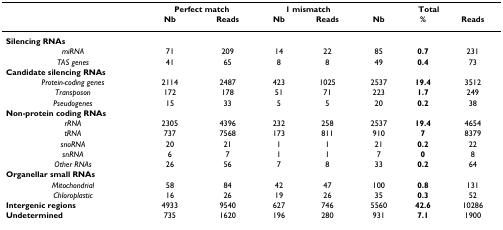
<table><thead><tr><td></td><td colspan="2"><b>Perfect match</b></td><td colspan="2"><b>1 mismatch</b></td><td colspan="3"><b>Total</b></td></tr><tr><td></td><td><b>Nb</b></td><td><b>Reads</b></td><td><b>Nb</b></td><td><b>Reads</b></td><td><b>Nb</b></td><td><b>%</b></td><td><b>Reads</b></td></tr></thead><tbody><tr><td colspan="8"><b>Silencing RNAs</b></td></tr><tr><td><i>miRNA</i></td><td>71</td><td>209</td><td>14</td><td>22</td><td>85</td><td><b>0.7</b></td><td>231</td></tr><tr><td><i>TAS genes</i></td><td>41</td><td>65</td><td>8</td><td>8</td><td>49</td><td><b>0.4</b></td><td>73</td></tr><tr><td colspan="8"><b>Candidate silencing RNAs</b></td></tr><tr><td><i>Protein-coding genes</i></td><td>2114</td><td>2487</td><td>423</td><td>1025</td><td>2537</td><td><b>19.4</b></td><td>3512</td></tr><tr><td><i>Transposon</i></td><td>172</td><td>178</td><td>51</td><td>71</td><td>223</td><td><b>1.7</b></td><td>249</td></tr><tr><td><i>Pseudogenes</i></td><td>15</td><td>33</td><td>5</td><td>5</td><td>20</td><td><b>0.2</b></td><td>38</td></tr><tr><td colspan="8"><b>Non-protein coding RNAs</b></td></tr><tr><td><i>rRNA</i></td><td>2305</td><td>4396</td><td>232</td><td>258</td><td>2537</td><td><b>19.4</b></td><td>4654</td></tr><tr><td><i>tRNA</i></td><td>737</td><td>7568</td><td>173</td><td>811</td><td>910</td><td><b>7</b></td><td>8379</td></tr><tr><td><i>snoRNA</i></td><td>20</td><td>21</td><td>1</td><td>1</td><td>21</td><td><b>0.2</b></td><td>22</td></tr><tr><td><i>snRNA</i></td><td>6</td><td>7</td><td>1</td><td>1</td><td>7</td><td><b>0</b></td><td>8</td></tr><tr><td><i>Other RNAs</i></td><td>26</td><td>56</td><td>7</td><td>8</td><td>33</td><td><b>0.2</b></td><td>64</td></tr><tr><td colspan="8"><b>Organellar small RNAs</b></td></tr><tr><td><i>Mitochondrial</i></td><td>58</td><td>84</td><td>42</td><td>47</td><td>100</td><td><b>0.8</b></td><td>131</td></tr><tr><td><i>Chloroplastic</i></td><td>16</td><td>26</td><td>19</td><td>26</td><td>35</td><td><b>0.3</b></td><td>52</td></tr><tr><td><b>Intergenic regions</b></td><td>4933</td><td>9540</td><td>627</td><td>746</td><td>5560</td><td><b>42.6</b></td><td>10286</td></tr><tr><td><b>Undetermined</b></td><td>735</td><td>1620</td><td>196</td><td>280</td><td>931</td><td><b>7.1</b></td><td>1900</td></tr></tbody></table>